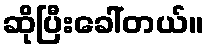
ဆိုပြီးခေါ်တယ်။